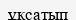
ұқсатып